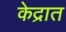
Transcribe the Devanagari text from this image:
केद्रात